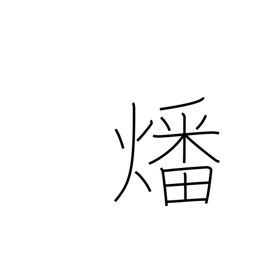
Meaning: burn